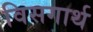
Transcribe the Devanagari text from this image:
विसगार्थ